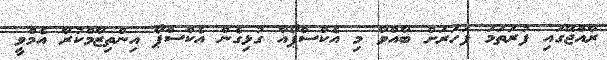
ރާއްޖޭގައި ފުރަތަމަ ފަހަރަށް ބާއްވާ މި އެކްސްޕޯއާ ގުޅިގެން އެކްސްޕޯ އިންތިޒާމްކުރާ އެމްވީ